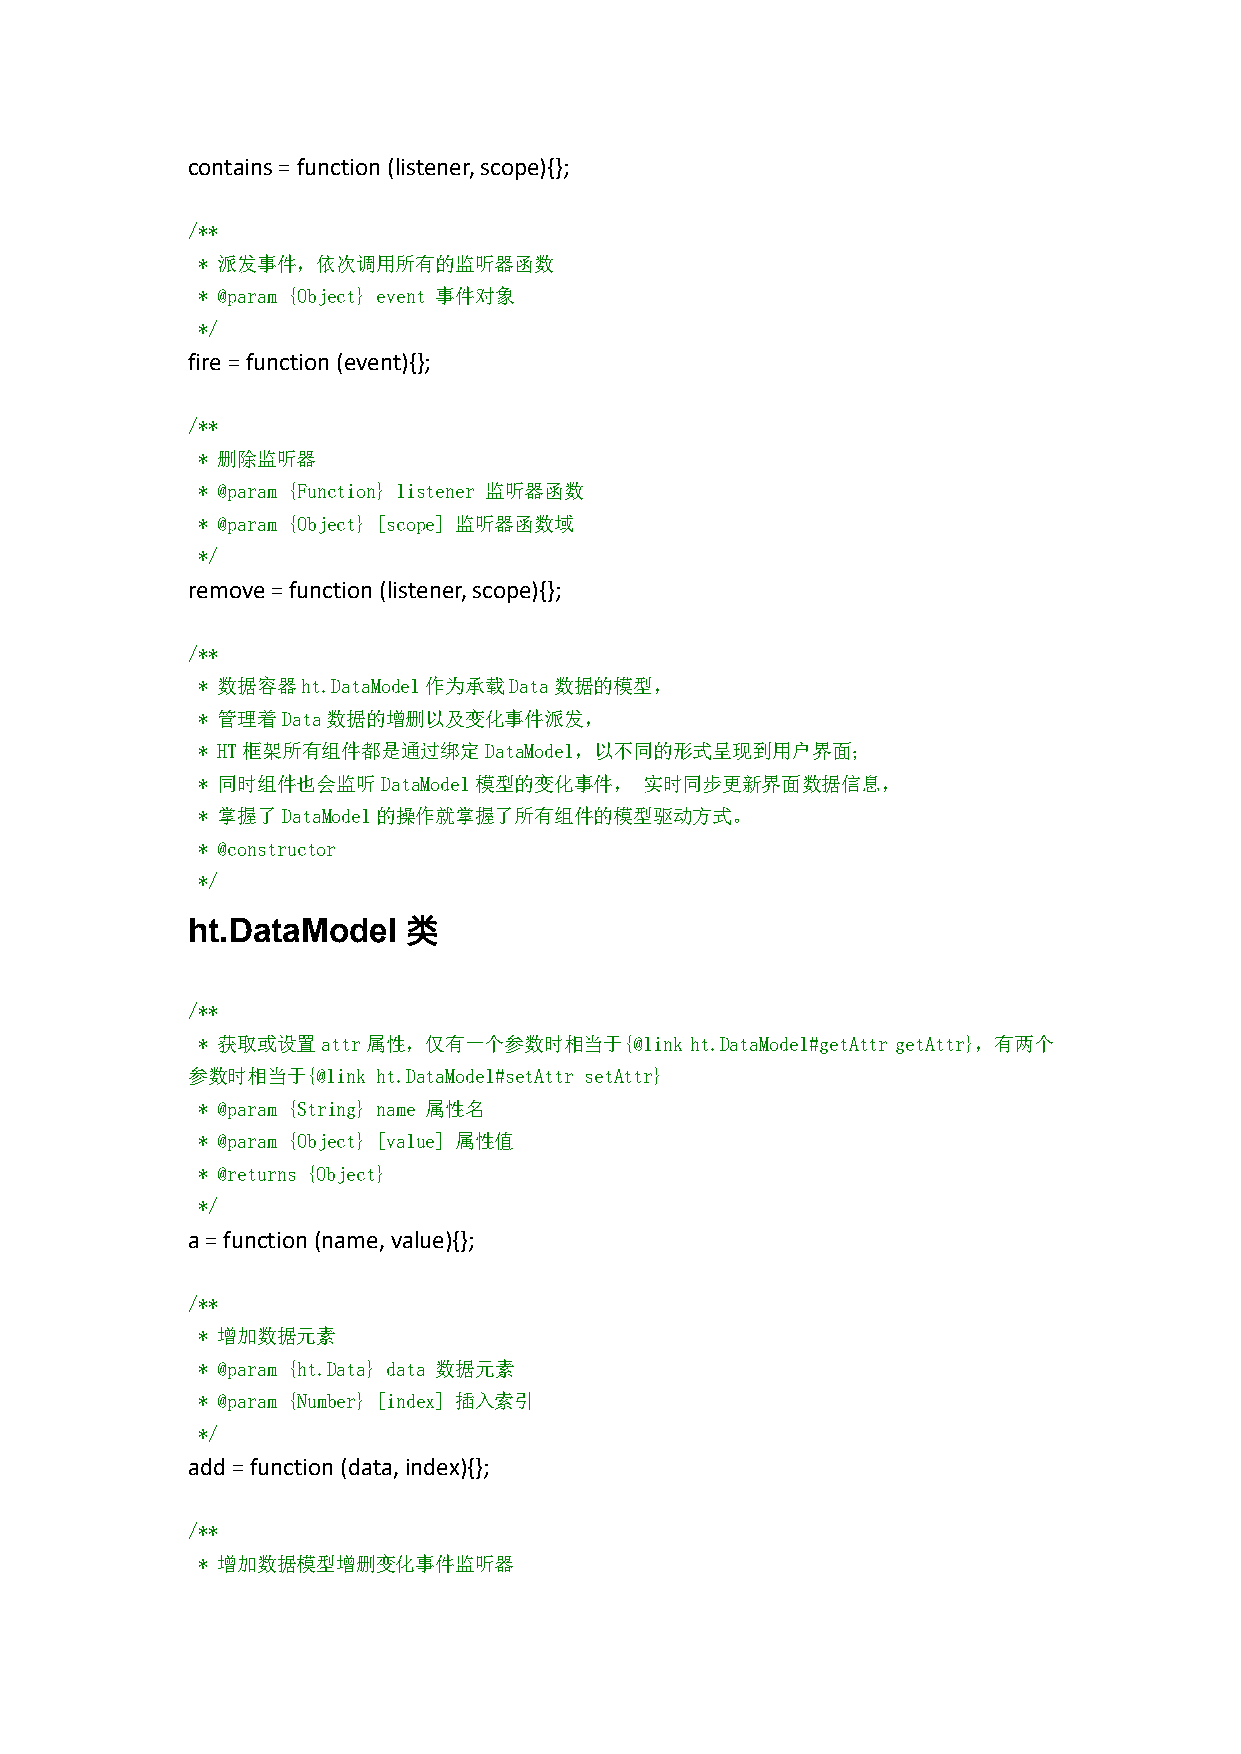
contains=function(listener,scope){};
 /**
 * 派发事件，依次调用所有的监听器函数
 * @param {Object} event 事件对象
 */
 fire=function(event){};
 /**
 * 删除监听器
 * @param {Function} listener 监听器函数
 * @param {Object} [scope] 监听器函数域
 */
 remove=function(listener,scope){};
 /**
 * 数据容器ht.DataModel作为承载Data数据的模型，
 * 管理着Data数据的增删以及变化事件派发，
 * HT框架所有组件都是通过绑定DataModel，以不同的形式呈现到用户界面；
 * 同时组件也会监听DataModel模型的变化事件，   实时同步更新界面数据信息，
 * 掌握了DataModel的操作就掌握了所有组件的模型驱动方式。
 * @constructor
 */
 类
 ht.DataModel
 /**
 * 获取或设置attr属性，仅有一个参数时相当于{@link   ht.DataModel#getAttr getAttr}，有两个
 参数时相当于{@link ht.DataModel#setAttr setAttr}
 * @param {String} name 属性名
 * @param {Object} [value] 属性值
 * @returns {Object}
 */
 a=function(name,value){};
 /**
 * 增加数据元素
 * @param {ht.Data} data 数据元素
 * @param {Number} [index] 插入索引
 */
 add=function(data,index){};
 /**
 * 增加数据模型增删变化事件监听器